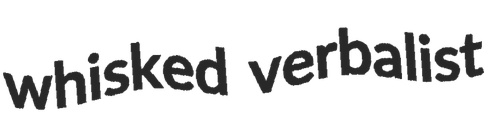
whisked verbalist